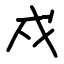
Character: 戍